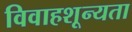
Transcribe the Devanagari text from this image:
विवाहशून्यता